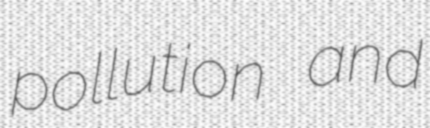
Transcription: pollution and